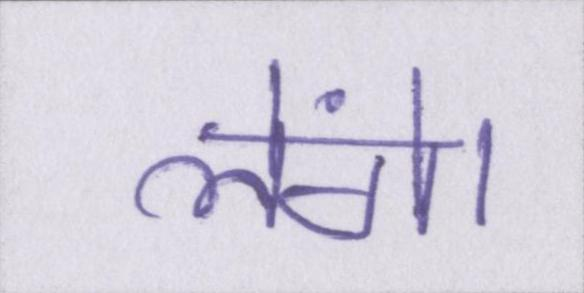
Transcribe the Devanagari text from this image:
लेंगे।